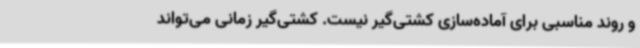
و روند مناسبی برای آماده‌سازی کشتی‌گیر نیست. کشتی‌گیر زمانی می‌تواند